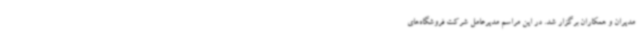
مدیران و همکاران برگزار شد. در این مراسم مدیرعامل شرکت فروشگاه‌های